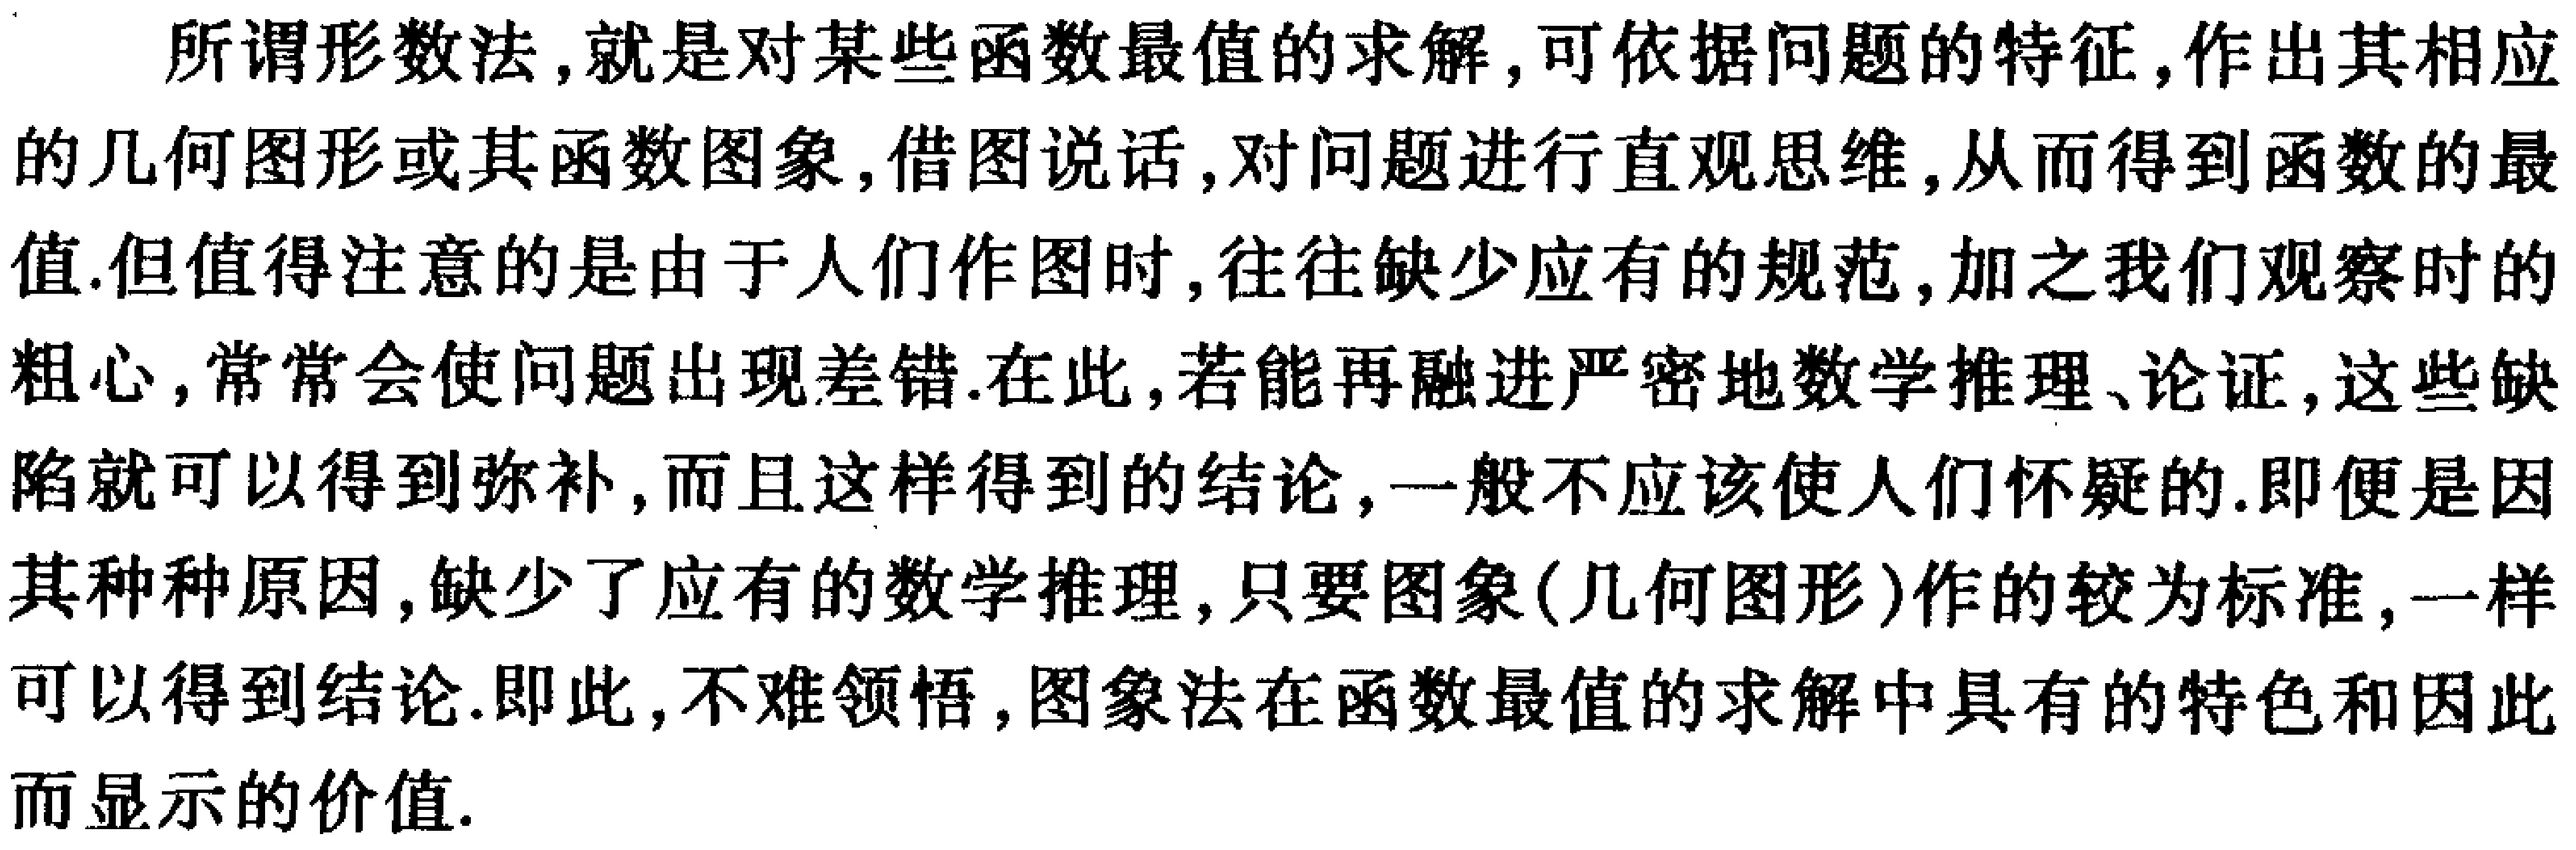
所谓形数法,就是对某些函数最值的求解,可依据问题的特征,作出其相应的几何图形或其函数图象,借图说话,对问题进行直观思维,从而得到函数的最值.但值得注意的是由于人们作图时,往往缺少应有的规范,加之我们观察时的粗心,常常会使问题出现差错.在此,若能再融进严密地数学推理、论证,这些缺陷就可以得到弥补,而且这样得到的结论,一般不应该使人们怀疑的.即便是因其种种原因,缺少了应有的数学推理,只要图象(几何图形)作的较为标准,一样可以得到结论.即此,不难领悟,图象法在函数最值的求解中具有的特色和因此而显示的价值.